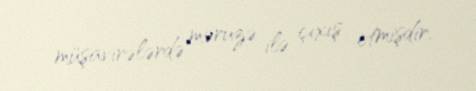
müşavirələrdə məruzə ilə çıxış etmişdir.